Problem: 22 + 34 = ?
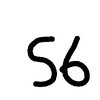
Handwritten answer: 56